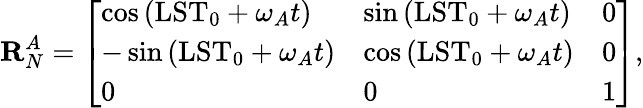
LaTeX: \mathbf{R}_{N}^{A}=\left[\begin{array}{lll}{\cos{(\mathrm{LST}_{0}+\omega_{A}t)}}&{\sin{(\mathrm{LST}_{0}+\omega_{A}t)}}&{0}\\ {-\sin{(\mathrm{LST}_{0}+\omega_{A}t)}}&{\cos{(\mathrm{LST}_{0}+\omega_{A}t)}}&{0}\\ {0}&{0}&{1}\end{array}\right],